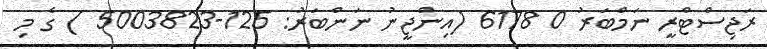
ރަޖިސްޓްރީ ނަމްބަރު 0 6178 (އިންޖީނު ނަންބަރު: 125-5003823 ) ގެ މި